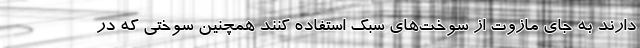
دارند به جای مازوت از سوخت‌های سبک استفاده کنند همچنین سوختی که در